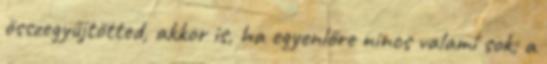
összegyűjtötted, akkor is, ha egyenlőre nincs valami sok; a